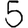
Digit: 5